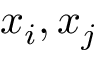
x _ { i } , x _ { j }